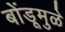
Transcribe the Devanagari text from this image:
बोंडूमुळे